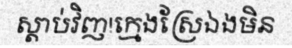
ស្តាប់វិញ!ក្មេងស្រែឯងមិន